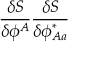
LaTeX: \frac { \delta S } { \delta \phi ^ { A } } \frac { \delta S } { \delta \phi _ { A a } ^ { \ast } }